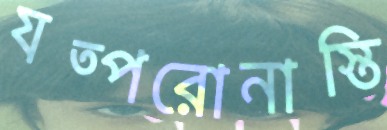
যত্পরোনাস্তি